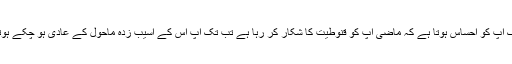
جب تک آپ کو احساس ہوتا ہے کہ ماضی آپ کو قنوطیت کا شکار کر رہا ہے تب تک آپ اس کے آسیب زدہ ماحول کے عادی ہو چکے ہوتے ہیں۔